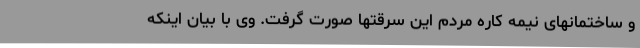
و ساختمانهای نیمه کاره مردم این سرقتها صورت گرفت. وی با بیان اینکه